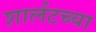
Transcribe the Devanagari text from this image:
शार्लटच्या